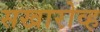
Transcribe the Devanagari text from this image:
सखारोव्ह